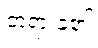
တရားခံ၏